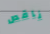
ناقص